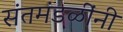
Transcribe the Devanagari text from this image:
संतमंडळींनी